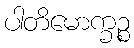
ပါတိမောက္ခဉ္စ